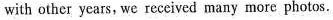
with other years, we received many more photos.